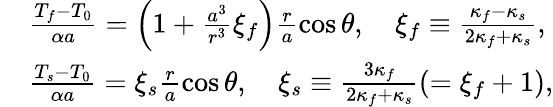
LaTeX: \begin{array}{rl}&{\frac{T_{f}-T_{0}}{\alpha a}=\left(1+\frac{a^{3}}{r^{3}}\xi_{f}\right)\frac{r}{a}\cos\theta,\quad\xi_{f}\equiv\frac{\kappa_{f}-\kappa_{s}}{2\kappa_{f}+\kappa_{s}},}\\ &{\frac{T_{s}-T_{0}}{\alpha a}=\xi_{s}\frac{r}{a}\cos\theta,\quad\xi_{s}\equiv\frac{3\kappa_{f}}{2\kappa_{f}+\kappa_{s}}(=\xi_{f}+1),}\end{array}